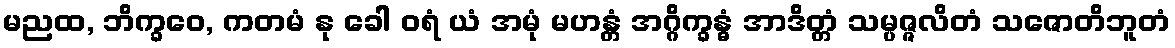
မညထ, ဘိက္ခဝေ, ကတမံ နု ခေါ ဝရံ ယံ အမုံ မဟန္တံ အဂ္ဂိက္ခန္ဓံ အာဒိတ္တံ သမ္ပဇ္ဇလိတံ သဇောတိဘူတံ